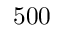
5 0 0